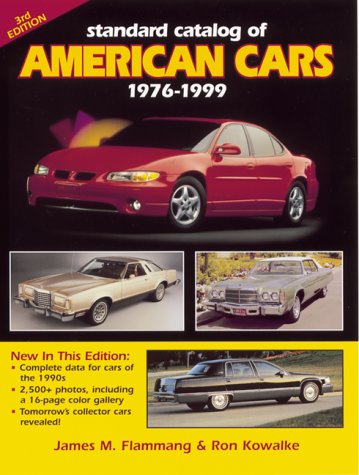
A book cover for Standard Catalog of American Cars 1976-1999; James M. Flammang; Engineering & Transportation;